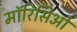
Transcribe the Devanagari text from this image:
मॉरिसिओ